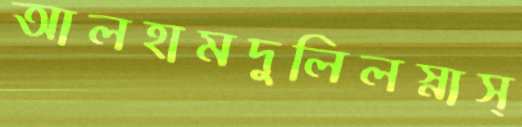
আলহামদুলিলস্নাস্